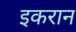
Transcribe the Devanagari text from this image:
इकरान